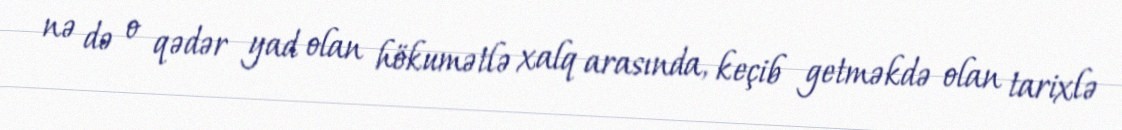
nə də o qədər yad olan hökumətlə xalq arasında, keçib getməkdə olan tarixlə